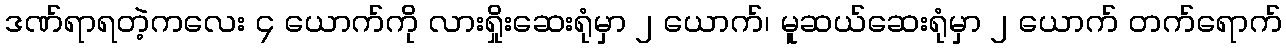
ဒဏ်ရာရတဲ့ကလေး ၄ ယောက်ကို လားရှိုးဆေးရုံမှာ ၂ ယောက်၊ မူဆယ်ဆေးရုံမှာ ၂ ယောက် တက်ရောက်